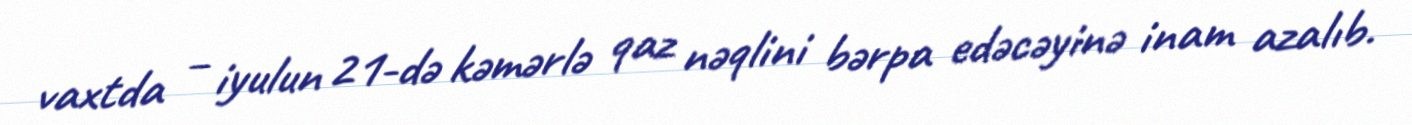
vaxtda – iyulun 21-də kəmərlə qaz nəqlini bərpa edəcəyinə inam azalıb.